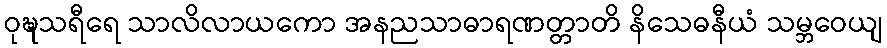
ဝုဍ္ဎသရီရေ သာလိလာယကော အနညသာဓာရဏတ္တာတိ နိသေဓနီယံ သမ္ဘဝေယျ